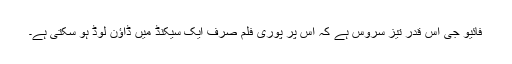
فائیو جی اس قدر تیز سروس ہے کہ اس پر پوری فلم صرف ایک سیکنڈ میں ڈاﺅن لوڈ ہو سکتی ہے۔